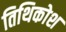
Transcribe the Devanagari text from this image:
तिथिकोश